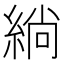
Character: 緔